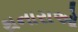
થનારાઓ